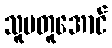
သူမတူအောင်